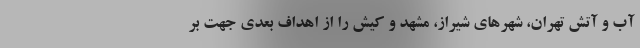
آب و آتش تهران، شهر‌های شیراز، مشهد و کیش را از اهداف بعدی جهت بر